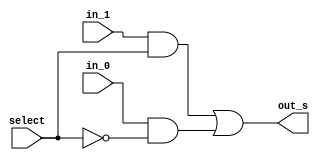
/*
* Aluno: Henrique Augusto Rodrigues
* Arquitetura 1 - Tarde
* Guia_07  Exemplo 0704.
*/
module mux (output out_s, input in_0, in_1, select);

//wires
wire not_select;
wire on_0, on_1;


//portas
not NOT1 (not_select, select);
and AND1 (on_0, in_0, not_select);
and AND2 (on_1, in_1, select);

or OR1 (out_s, on_1, on_0);

endmodule

module mux4x1 (output out_s, input in_00, in_01, in_10, in_11, s_group, select);
//wires
wire out_mux1, out_mux2;

mux MUX1 (out_mux1, in_00, in_01, select);
mux MUX2 (out_mux2, in_10, in_11, select);
mux MUX3 (out_s, out_mux1, out_mux2, s_group);

endmodule

module Exemplo0704;

//definicoes

reg a, b;
reg[1:0] select;
wire or_out, nor_out, xor_out, xnor_or, s;

or   OR1 (or_out, a, b);
nor  NOR1 (nor_out, a, b);
xor  XOR1 (xor_out, a, b);
xnor XNOR1 (xnor_out, a, b);

mux4x1 MUX (s, or_out, nor_out, xor_out, xnor_out, select[1], select[0]);


initial
begin: main
$display("Exemplo_0704");
$display("675263 - Henrique Augusto Rodrigues");
$display(" a  b   select    S");

a=1'b0; b=1'b0; select=0;

//monitor
#1 $monitor(" %b  %b     %b      %b ", a, b, select, s);

#1 a=1'b0; b=1'b1; select=0;
#1 a=1'b1; b=1'b0; select=0;
#1 a=1'b1; b=1'b1; select=0;

#1 a=1'b0; b=1'b0; select=1;$display("");
#1 a=1'b0; b=1'b1; select=1;
#1 a=1'b1; b=1'b0; select=1;
#1 a=1'b1; b=1'b1; select=1;

#1 a=1'b0; b=1'b0; select=2;$display("");
#1 a=1'b0; b=1'b1; select=2;
#1 a=1'b1; b=1'b0; select=2;
#1 a=1'b1; b=1'b1; select=2;


#1 a=1'b0; b=1'b0; select=3;$display("");
#1 a=1'b0; b=1'b1; select=3;
#1 a=1'b1; b=1'b0; select=3;
#1 a=1'b1; b=1'b1; select=3;


end
endmodule